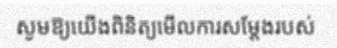
សូមឱ្យយើងពិនិត្យមើលការសម្តែងរបស់